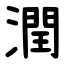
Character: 潤